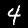
Label: 4